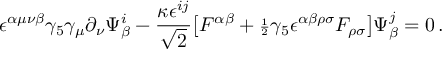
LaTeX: \epsilon ^ { \alpha \mu \nu \beta } \gamma _ { 5 } \gamma _ { \mu } \partial _ { \nu } \Psi _ { \beta } ^ { i } - { \frac { \kappa \epsilon ^ { i j } } { \sqrt 2 } } \big [ F ^ { \alpha \beta } + { \scriptstyle { \frac { 1 } { 2 } } } \gamma _ { 5 } \epsilon ^ { \alpha \beta \rho \sigma } F _ { \rho \sigma } \big ] \Psi _ { \beta } ^ { j } = 0 \, .